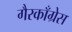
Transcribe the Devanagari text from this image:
गैरकाँग्रेस